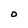
Character: O